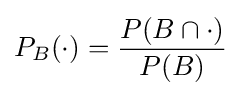
P_{B}(\cdot )={\frac {P(B\cap \cdot )}{P(B)}}